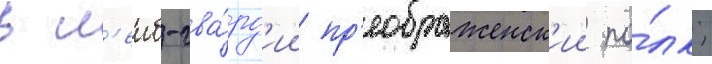
в л'еиб-гва́рд'ии пр'еображенск'ии по́лк;